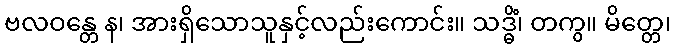
ဗလဝန္တေ န၊ အားရှိသောသူနှင့်လည်းကောင်း။ သဒ္ဓိံ၊ တကွ။ မိတ္တေ၊